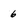
Character: 6